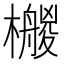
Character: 𣞡